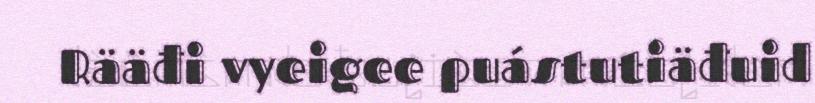
Rääđi vyeigee puástutiäđuid